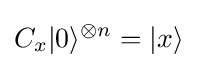
C_{x}|0\rangle ^{\otimes n}=|x\rangle